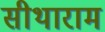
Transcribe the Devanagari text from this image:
सीथाराम